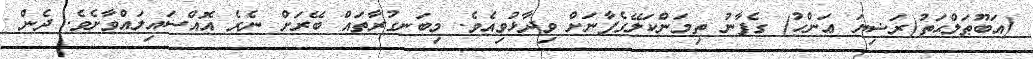
(އަބޫޠަލްޙަތު(ރަޟިޔަ ޢަންހު) ގެފާނު ތިމަންކަލޭގެފާނަށް ވިދާޅުވިއެވެ. މިބަނގުރާތައް ބޭރަށް ނެރެ އޮއްސައިލައްވާށެވެ. ދެން